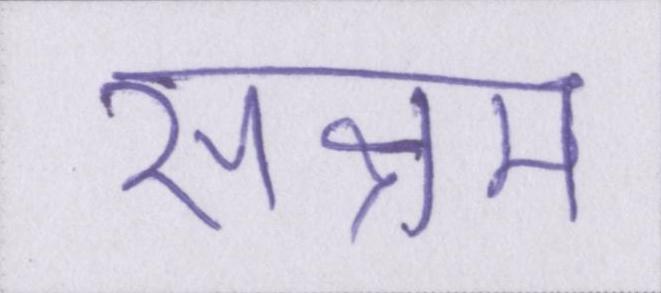
सक्षम